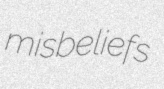
misbeliefs